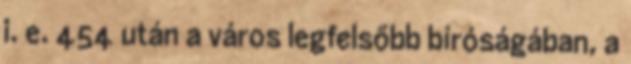
i. e. 454 után a város legfelsőbb bíróságában, a